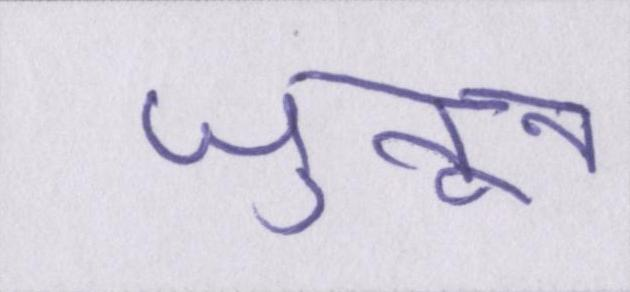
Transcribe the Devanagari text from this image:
जुनून